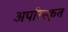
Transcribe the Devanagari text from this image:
अपरिस्कृत